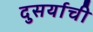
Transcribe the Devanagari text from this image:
दुसर्याची